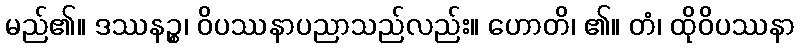
မည်၏။ ဒဿနဉ္စ၊ ဝိပဿနာပညာသည်လည်း။ ဟောတိ၊ ၏။ တံ၊ ထိုဝိပဿနာ